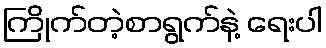
ကြိုက်တဲ့စာရွက်နဲ့ ရေးပါ